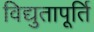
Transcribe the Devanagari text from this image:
विद्युतापूर्ति